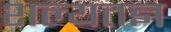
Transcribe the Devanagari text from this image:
शल्यतज्ञ